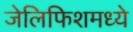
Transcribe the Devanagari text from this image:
जेलिफिशमध्ये